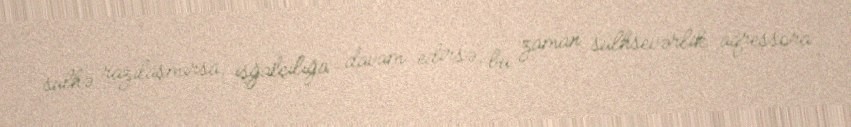
sülhə razılaşmırsa, işğalçılığa davam edirsə, bu zaman sülhsevərlik aqressora